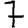
Digit: 7